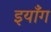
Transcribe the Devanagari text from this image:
इयाँग